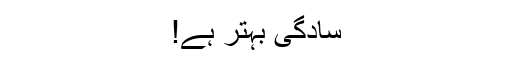
سادگی بہتر ہے!